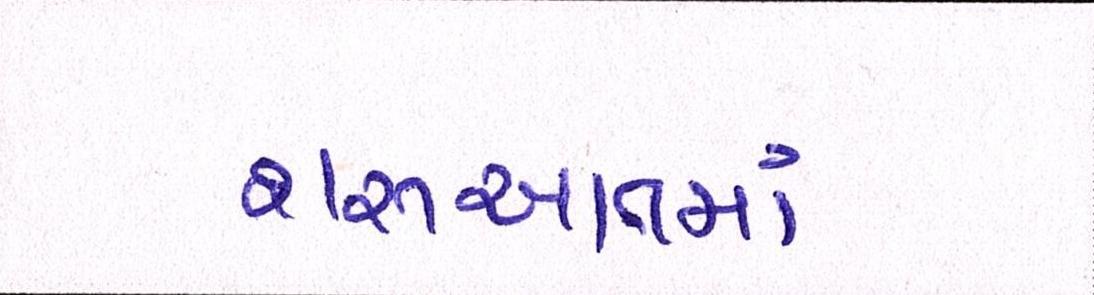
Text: શરૂઆતમાં